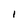
Character: I